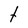
Character: t